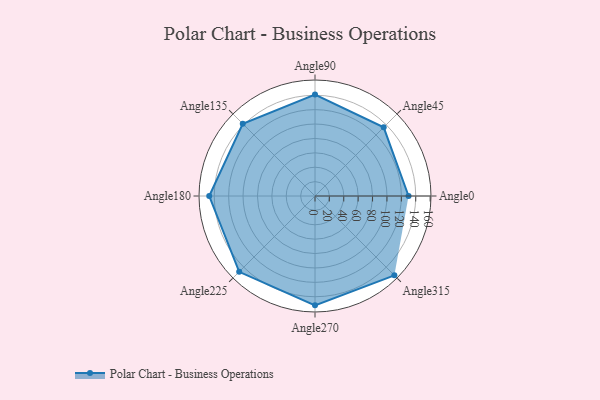
{"axis": {"x": "Angle", "y": "Radius"}, "legend": [""], "data": [{"x": "Angle0", "y": 130.0, "type": ""}, {"x": "Angle45", "y": 135.0, "type": ""}, {"x": "Angle90", "y": 141.0, "type": ""}, {"x": "Angle135", "y": 142.0, "type": ""}, {"x": "Angle180", "y": 147.0, "type": ""}, {"x": "Angle225", "y": 149.0, "type": ""}, {"x": "Angle270", "y": 152.0, "type": ""}, {"x": "Angle315", "y": 156.0, "type": ""}]}